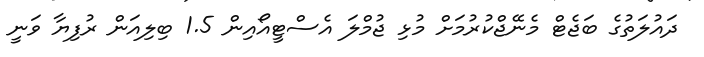
ދައުލަތުގެ ބަޖެޓް މެނޭޖްކުރުމަށް މުޅި ޖުމްލަ އެސްޓީއޯއިން 1.5 ބިލިއަން ރުފިޔާ ވަނީ